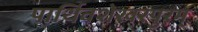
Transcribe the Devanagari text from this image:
पार्थिवशेखरपुरम्